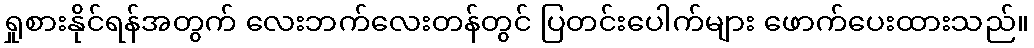
ရှုစားနိုင်ရန်အတွက် လေးဘက်လေးတန်တွင် ပြတင်းပေါက်များ ဖောက်ပေးထားသည်။